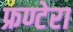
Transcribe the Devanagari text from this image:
फ्रण्टेरा